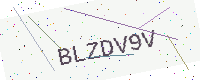
Text: BLZDV9V